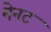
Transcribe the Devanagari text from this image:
मेनट